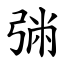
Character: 㢼